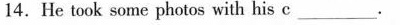
14.He took some photos with his c ___